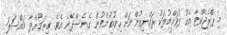
މި ޕްރެޖެކްޓާ އެކު ފުވައްމުލަކު ރައްޔިތުންނަށް ހިނުތުންވުން ގެނެސްދޭނެ އެވެ. ގިރަމުންދާ މައްސަލަ